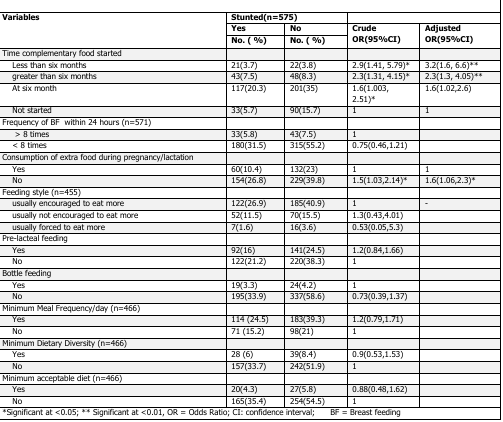
<table><thead><tr><td rowspan="3"><b>Variables</b></td><td colspan="2"><b>Stunted(n=575)</b></td><td colspan="2"></td></tr><tr><td><b>Yes</b></td><td><b>No</b></td><td rowspan="2"><b>Crude OR(95%CI)</b></td><td rowspan="2"><b>Adjusted OR(95%CI)</b></td></tr><tr><td><b>No. (%)</b></td><td><b>No. (%)</b></td></tr></thead><tbody><tr><td>Time complementary food started</td><td></td><td></td><td></td><td></td></tr><tr><td>Less than six months</td><td>21(3.7)</td><td>22(3.8)</td><td>2.9(1.41, 5.79)*</td><td>3.2(1.6, 6.6)**</td></tr><tr><td>greater than six months</td><td>43(7.5)</td><td>48(8.3)</td><td>2.3(1.31, 4.15)*</td><td>2.3(1.3, 4.05)**</td></tr><tr><td>At six month</td><td>117(20.3)</td><td>201(35)</td><td>1.6(1.003, 2.51)*</td><td>1.6(1.02,2.6)</td></tr><tr><td>Not started</td><td>33(5.7)</td><td>90(15.7)</td><td>1</td><td>1</td></tr><tr><td>Frequency of BF within 24 hours (n=571)</td><td></td><td></td><td></td><td></td></tr><tr><td>&gt; 8 times</td><td>33(5.8)</td><td>43(7.5)</td><td>1</td><td></td></tr><tr><td>&lt; 8 times</td><td>180(31.5)</td><td>315(55.2)</td><td>0.75(0.46,1.21)</td><td></td></tr><tr><td>Consumption of extra food during pregnancy/lactation</td><td></td><td></td><td></td><td></td></tr><tr><td>Yes</td><td>60(10.4)</td><td>132(23)</td><td>1</td><td>1</td></tr><tr><td>No</td><td>154(26.8)</td><td>229(39.8)</td><td>1.5(1.03,2.14)*</td><td>1.6(1.06,2.3)*</td></tr><tr><td>Feeding style (n=455)</td><td></td><td></td><td></td><td></td></tr><tr><td>usually encouraged to eat more</td><td>122(26.9)</td><td>185(40.9)</td><td>1</td><td>-</td></tr><tr><td>usually not encouraged to eat more</td><td>52(11.5)</td><td>70(15.5)</td><td>1.3(0.43,4.01)</td><td></td></tr><tr><td>usually forced to eat more</td><td>7(1.6)</td><td>16(3.6)</td><td>0.53(0.05,5.3)</td><td></td></tr><tr><td>Pre-lacteal feeding</td><td></td><td></td><td></td><td></td></tr><tr><td>Yes</td><td>92(16)</td><td>141(24.5)</td><td>1.2(0.84,1.66)</td><td></td></tr><tr><td>No</td><td>122(21.2)</td><td>220(38.3)</td><td>1</td><td></td></tr><tr><td>Bottle feeding</td><td></td><td></td><td></td><td></td></tr><tr><td>Yes</td><td>19(3.3)</td><td>24(4.2)</td><td>1</td><td></td></tr><tr><td>No</td><td>195(33.9)</td><td>337(58.6)</td><td>0.73(0.39,1.37)</td><td></td></tr><tr><td>Minimum Meal Frequency/day (n=466)</td><td></td><td></td><td></td><td></td></tr><tr><td>Yes</td><td>114 (24.5)</td><td>183(39.3)</td><td>1.2(0.79,1.71)</td><td></td></tr><tr><td>No</td><td>71 (15.2)</td><td>98(21)</td><td>1</td><td></td></tr><tr><td>Minimum Dietary Diversity (n=466)</td><td></td><td></td><td></td><td></td></tr><tr><td>Yes</td><td>28 (6)</td><td>39(8.4)</td><td>0.9(0.53,1.53)</td><td></td></tr><tr><td>No</td><td>157(33.7)</td><td>242(51.9)</td><td>1</td><td></td></tr><tr><td>Minimum acceptable diet (n=466)</td><td></td><td></td><td></td><td></td></tr><tr><td>Yes</td><td>20(4.3)</td><td>27(5.8)</td><td>0.88(0.48,1.62)</td><td></td></tr><tr><td>No</td><td>165(35.4)</td><td>254(54.5)</td><td>1</td><td></td></tr></tbody></table>